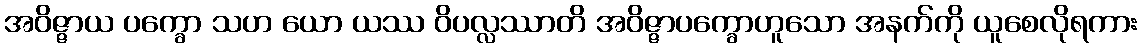
အဝိဇ္ဇာယ ပက္ခော သဟ ယော ယဿ ဝိပလ္လဿာတိ အဝိဇ္ဇာပက္ခောဟူသော အနက်ကို ယူစေလိုရကား